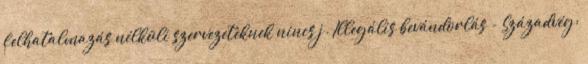
felhatalmazás nélküli szervezeteknek nincs j. Illegális bevándorlás - Századvég: